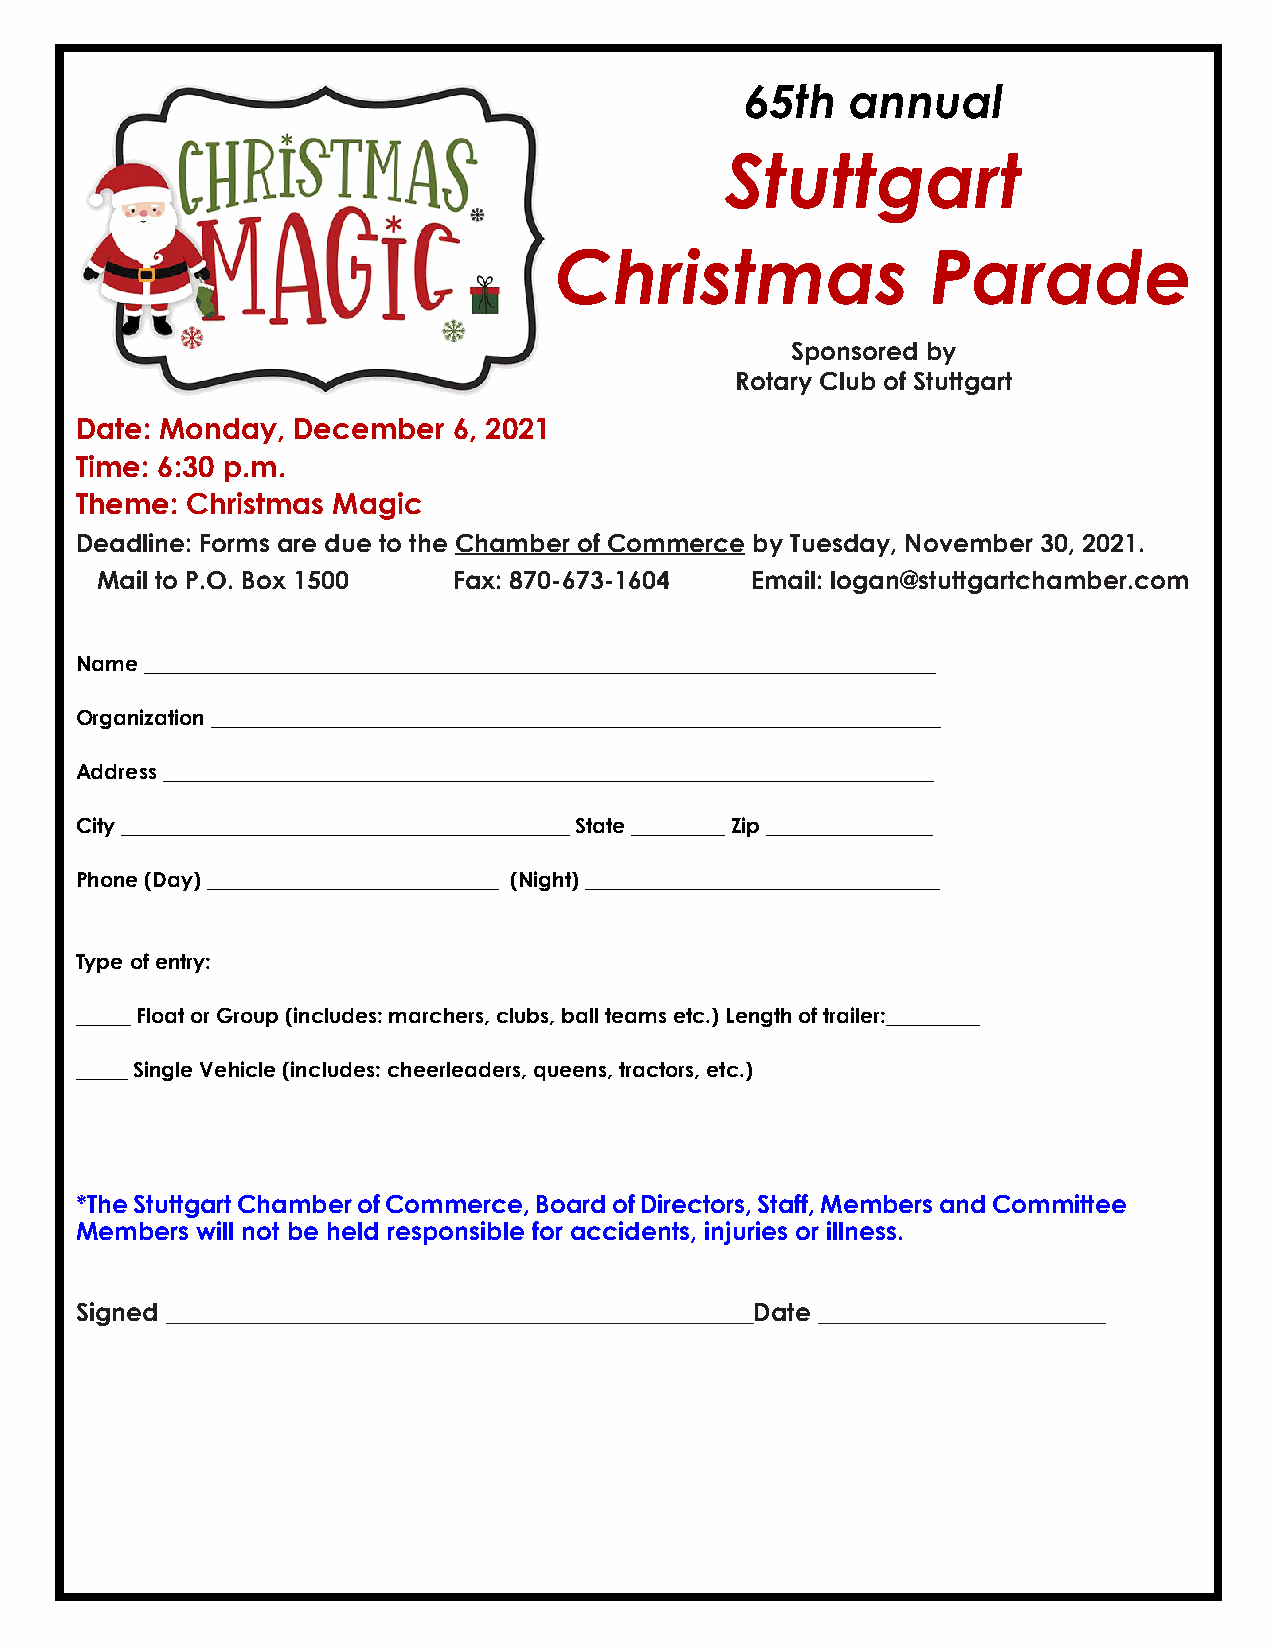
65th   annual
 Stuttgart
 Christmas                Parade
 Sponsored by
 Rotary Club of Stuttgart
 Date: Monday, December   6, 2021
 Time: 6:30 p.m.
 Theme: Christmas Magic
 Deadline: Forms are due to the Chamber of Commerce by Tuesday, November 30, 2021.
 Mail to P.O. Box 1500   Fax: 870-673-1604   Email: logan@stuttgartchamber.com
 Name ____________________________________________________________________________
 Organization ______________________________________________________________________
 Address __________________________________________________________________________
 City ___________________________________________ State _________ Zip ________________
 Phone (Day) ____________________________ (Night) __________________________________
 Type of entry:
 _____ Float or Group (includes: marchers, clubs, ball teams etc.) Length of trailer:_________
 _____ Single Vehicle (includes: cheerleaders, queens, tractors, etc.)
 *The Stuttgart Chamber of Commerce, Board of Directors, Staff, Members and Committee
 Members will not be held responsible for accidents, injuries or illness.
 Signed _______________________________________________Date _______________________